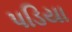
પડિયા